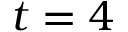
t = 4